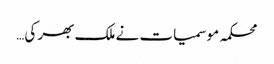
محکمہ موسمیات نے ملک بھر کی…